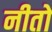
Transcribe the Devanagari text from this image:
नीतो